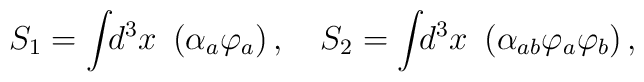
S_1=\int \!\!d^3x~\left( \alpha _a\varphi _a\right) ,\quad S_2=\int\!\!d^3x~\left( \alpha _{ab}\varphi _a\varphi _b\right) ,